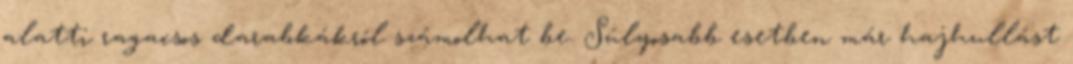
alatti ragacsos darabkákról számolhat be. Súlyosabb esetben már hajhullást